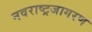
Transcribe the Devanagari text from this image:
नवराष्ट्रजागरण